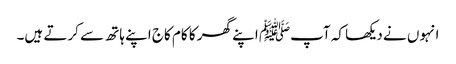
انہوں نے دیکھا کہ آپﷺ اپنے گھر کا کام کاج اپنے ہاتھ سے کرتے ہیں۔